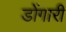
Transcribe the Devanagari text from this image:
डोंगारी